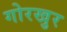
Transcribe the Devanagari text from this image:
गोरखुर